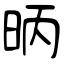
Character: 昞